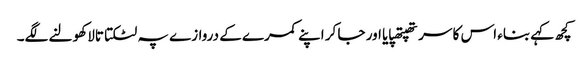
کچھ کہے بناء اس کا سر تھپتھپایا اور جا کر اپنے کمرے کے دروازے پہ لٹکتا تالا کھولنے لگے۔